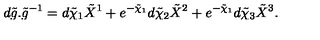
d \tilde { g } . { \tilde { g } } ^ { - 1 } = d \tilde { \chi } _ { 1 } \tilde { X } ^ { 1 } + e ^ { - \tilde { \chi } _ { 1 } } d \tilde { \chi } _ { 2 } \tilde { X } ^ { 2 } + e ^ { - \tilde { \chi } _ { 1 } } d \tilde { \chi } _ { 3 } \tilde { X } ^ { 3 } .